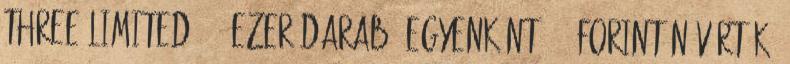
Three Limited 104 ezer darab, egyenként 980 forint névértékű